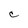
Character: C